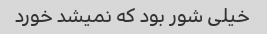
خیلی شور بود که نمیشد خورد